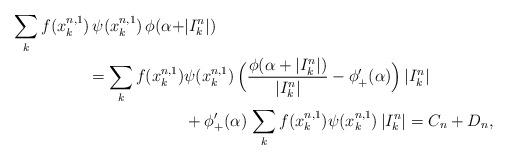
LaTeX: \begin{align*}\sum_{k} f(x_k^{n,1})\,\psi(x_k^{n,1})\, \phi(\alpha +&|I_k^n|) \\=\sum_{k} f(x_k^{n,1})&\psi(x_k^{n,1})\,\Big( \frac{\phi(\alpha +|I_k^n|)}{|I_k^n|}-\phi'_+(\alpha)\Big)\,|I_k^n|\\&+\phi'_+(\alpha)\,\sum_{k} f(x_k^{n,1})\psi(x_k^{n,1})\, |I_k^n| =C_n+D_n,\end{align*}